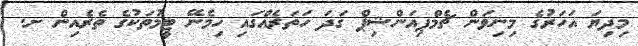
މިދިޔަ އަހަރުގެ މިނިވަން ޗެމްޕިއަންޝިޕް ގަދަ ހަތަރެއްގައި ހިމެނޭ ޓީމުތަކުގެ ތެރެއިން ށ.